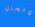
إكتمال